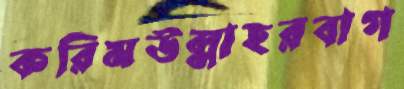
করিমউল্লাহরবাগ